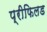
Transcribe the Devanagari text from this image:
प्रीफिलड